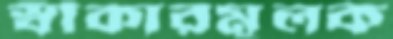
স্বীকারমূলক